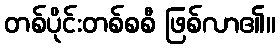
တစ်ပိုင်းတစ်စစီ ဖြစ်လာ၏။